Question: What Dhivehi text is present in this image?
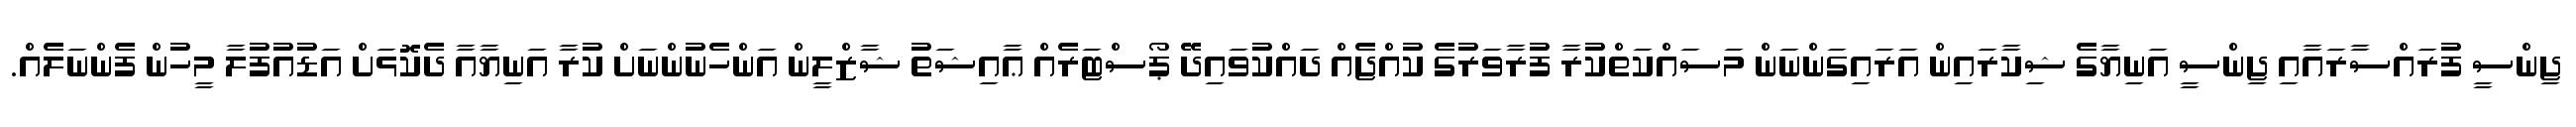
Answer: ޖިންސީ ފުރައްސާރައާއި ޖިންސީ އަނިޔާގެ ޝިކާރައިން އަރައިގަންނަން މަސައްކަތްކުރާ ފުރާވަރުގެ ކުއްޖެއް ދައްކުވައިދޭ ޕޯސްޓަރެއް ޢާއިޝަތު ޝާޒްލީން އަންހެނުންނަށް ކުރާ އަނިޔާއާ ދެކޮޅަށް އަޑުއުފުލާ މީހުން ފެންނަލެއް.